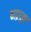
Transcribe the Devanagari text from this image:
भद्रपुस्र्ष